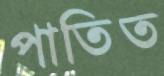
পাতিত